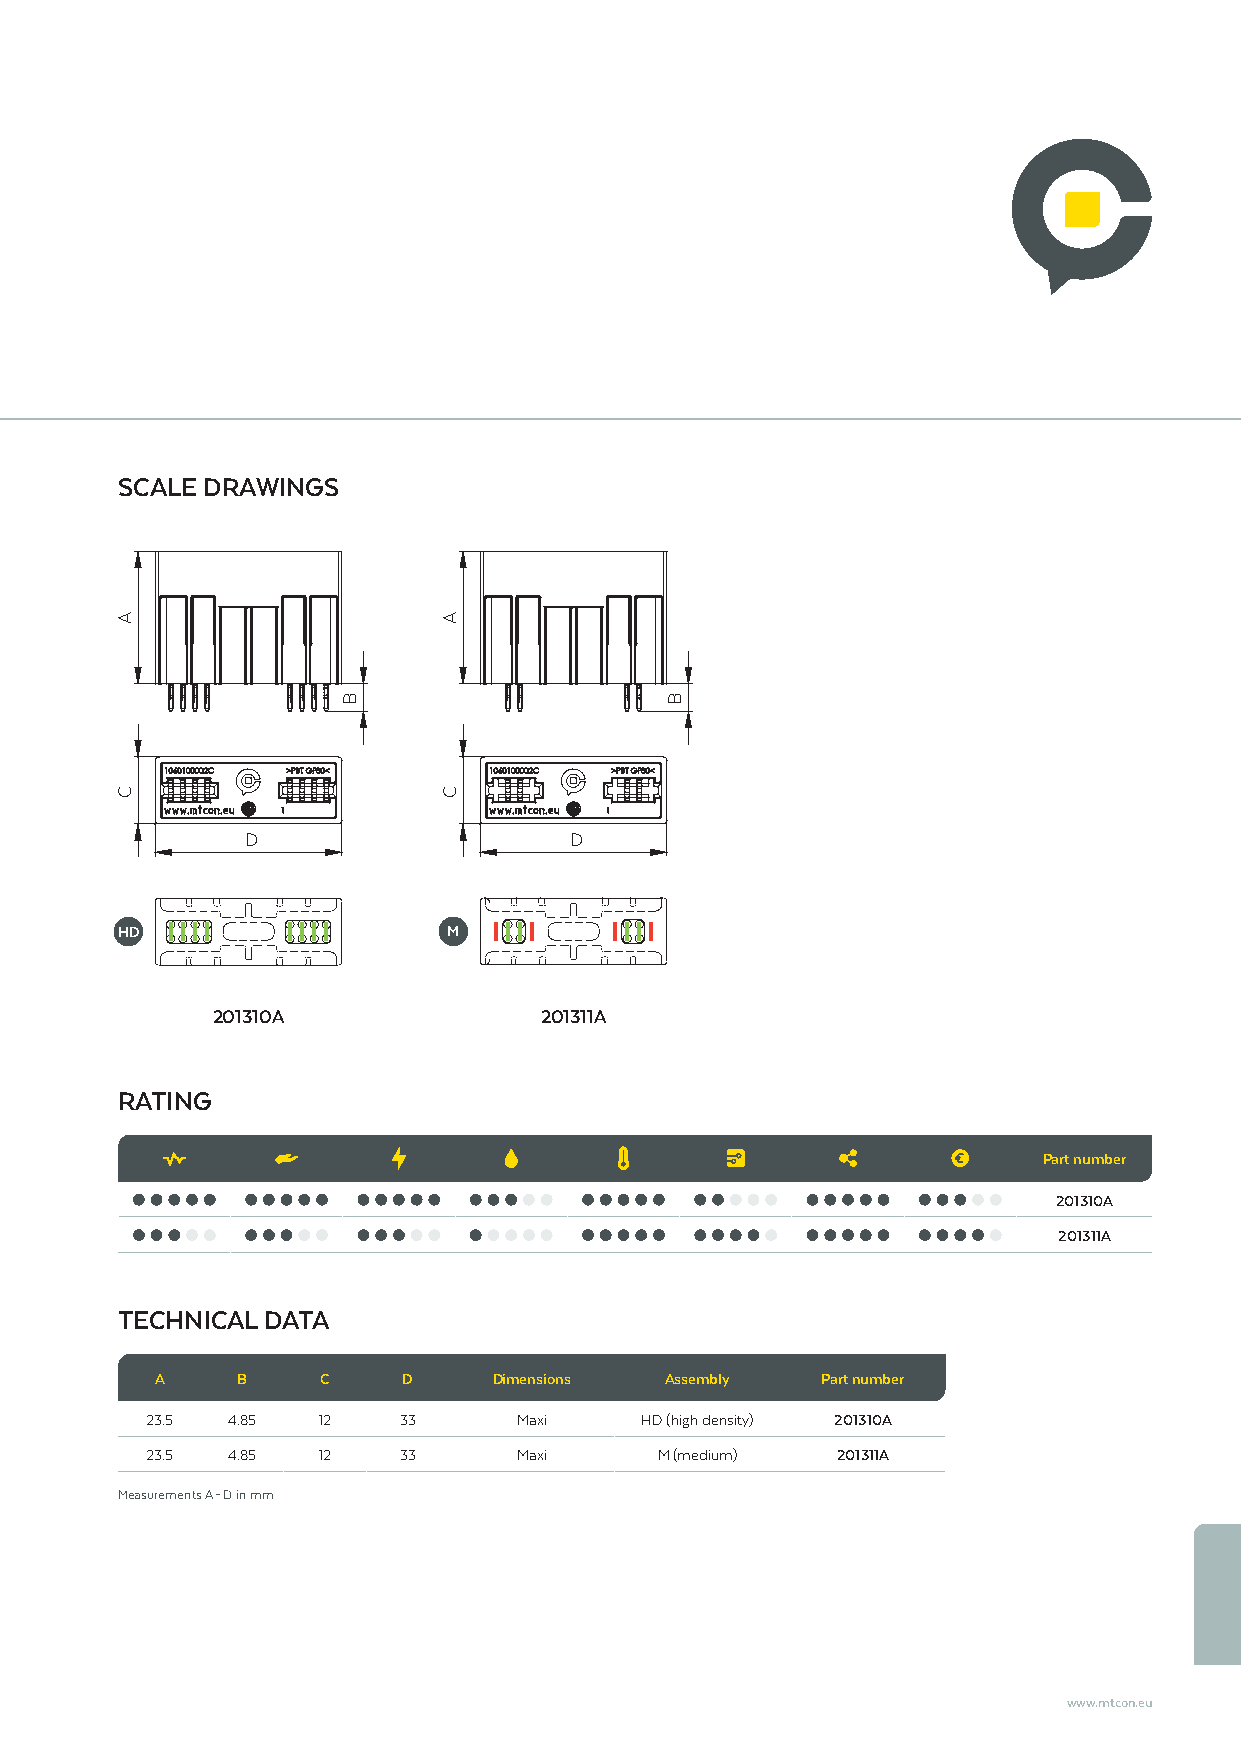
SCALE DRAWINGS
 D                     D
 HD                    M
 201310A               201311A
 RATING
 Part number
 201310A
 201311A
 TECHNICAL DATA
 A     B    C     D     Dimensions Assembly  Part number
 23.5 4.85  12   33      Maxi    HD (high density) 201310A
 23.5 4.85  12   33      Maxi      M (medium) 201311A
 Measurements A – D in mm
 www.mtcon.eu
 A
 C
 B
 A
 C
 B